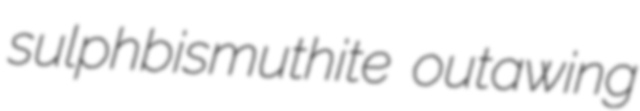
sulphbismuthite outawing